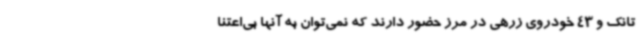
تانک و 43 خودروی زرهی در مرز حضور دارند که نمی‌توان به آنها بی‌اعتنا